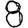
Digit: 8